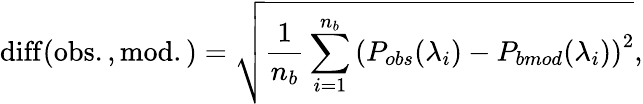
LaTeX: \mathrm{diff(obs.,mod.)}=\sqrt{\frac{1}{n_{b}}\sum_{i=1}^{n_{b}}\left(P_{obs}(\lambda_{i})-P_{bmod}(\lambda_{i})\right)^{2}},